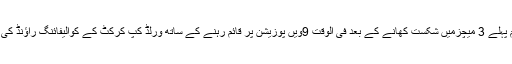
لیکن اب پاکستانی کرکٹ ٹیم پہلے 3 میچزمیں شکست کھانے کے بعد فی الوقت 9ویں پوزیشن پر قائم رہنے کے ساتھ ورلڈ کپ کرکٹ کے کوالیفائنگ راؤنڈ کی باز گشت بھی سن رہی ہے۔